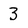
Character: 3